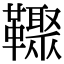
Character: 𩍧